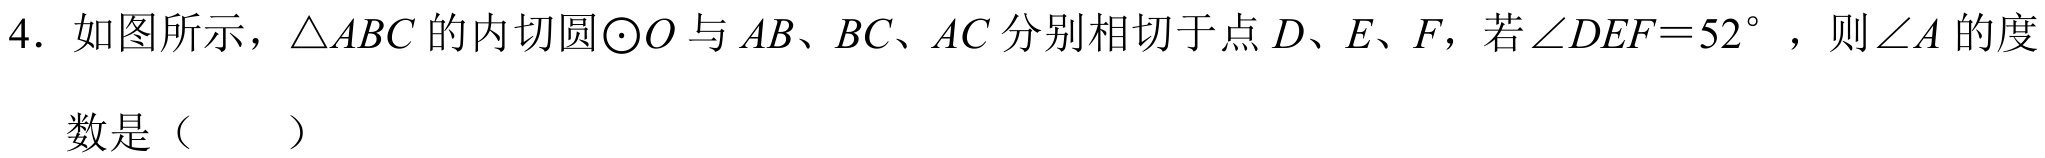
4. 如图所示，$\triangle ABC$的内切圆$\odot O$与$AB、BC、AC$分别相切于点$D、E、F$，若$\angle DEF = 52^{\circ}$，则$\angle A$的度
数是（  ）